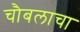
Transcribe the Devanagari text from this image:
चौबलाचा